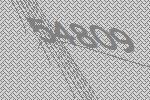
54809